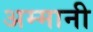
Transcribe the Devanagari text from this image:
अम्मानी